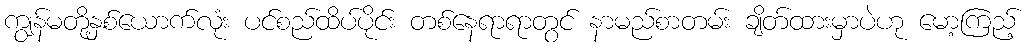
ကျွန်မတို့နှစ်ယောက်လုံး ပင်စည်ထိပ်ပိုင်း တစ်နေရာရာတွင် နာမည်စာတမ်း ချိတ်ထားမှာပဲဟု မော့ကြည့်